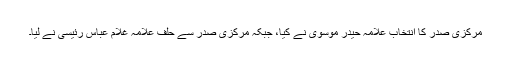
مرکزی صدر کا انتخاب علامہ حیدر موسوی نے کیا، جبکہ مرکزی صدر سے حلف علامہ غلام عباس رئیسی نے لیا۔